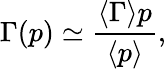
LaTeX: \Gamma(p)\simeq\frac{\langle\Gamma\rangle p}{\langle p\rangle},